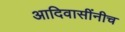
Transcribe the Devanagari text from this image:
आदिवासींनीच